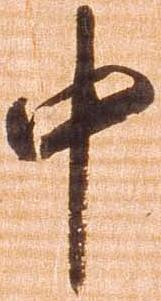
中